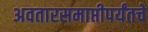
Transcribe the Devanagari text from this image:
अवतारसमाप्तीपर्यंतचे